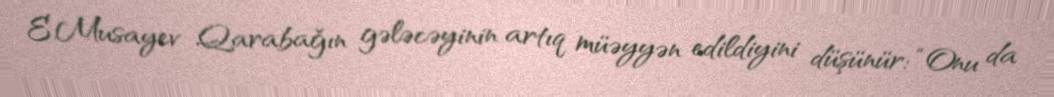
E.Musayev Qarabağın gələcəyinin artıq müəyyən edildiyini düşünür: “Onu da